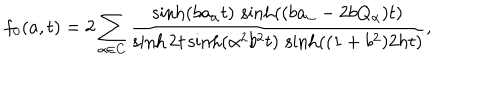
f _ { 0 } ( a , t ) = 2 \sum _ { \alpha \in \mathbf { C } } \frac { \sinh ( b a _ { \alpha } t ) \, \sinh ( ( b a _ { \alpha } - 2 b Q _ { \alpha } ) t ) } { \sinh 2 t \sinh ( \alpha ^ { 2 } b ^ { 2 } t ) \, \sinh ( ( 1 + b ^ { 2 } ) 2 h t ) } ,